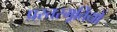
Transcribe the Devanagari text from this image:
प्रस्तरमूर्तियों